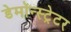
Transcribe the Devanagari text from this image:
डेमॉन्स्ट्रेटर